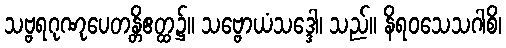
သဗ္ဗရဂုဏုပေတန္တိဧတ္ထ၌။ သဗ္ဗောယံသဒ္ဒေါ၊ သည်။ နိရဝသေသဂါစိ၊